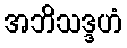
အဘိသဒ္ဒဟံ